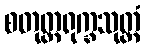
စတုတ္ထရုက္ခသုတ္တံ